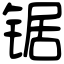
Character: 锯